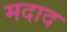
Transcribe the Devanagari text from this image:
मदाद